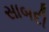
સાબદી